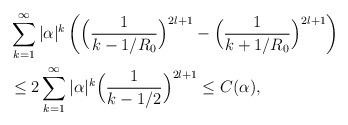
LaTeX: \begin{align*}&\sum_{k=1}^\infty|\alpha|^k\left(\Big(\frac{1}{k-1/R_0}\Big)^{2l+1}-\Big(\frac{1}{k+1/R_0}\Big)^{2l+1}\right)\\&\le2 \sum_{k=1}^\infty|\alpha|^k\Big(\frac{1}{k-1/2}\Big)^{2l+1}\le C(\alpha),\end{align*}